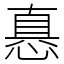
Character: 㥲